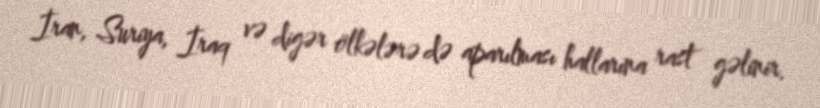
İran, Suriya, İraq və digər ölkələrə də aparılması hallarına rast gəlinir.